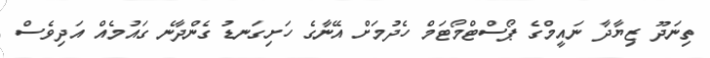
ތިނަދޫ ޒިޔާދާ ނައީމްގެ ޕޯސްޓްމޯޓަމް ހެދުމަށް އޭނާގެ ހަށިގަނޑު ގެންދާނެ ގައުމެއް އަދިވެސް